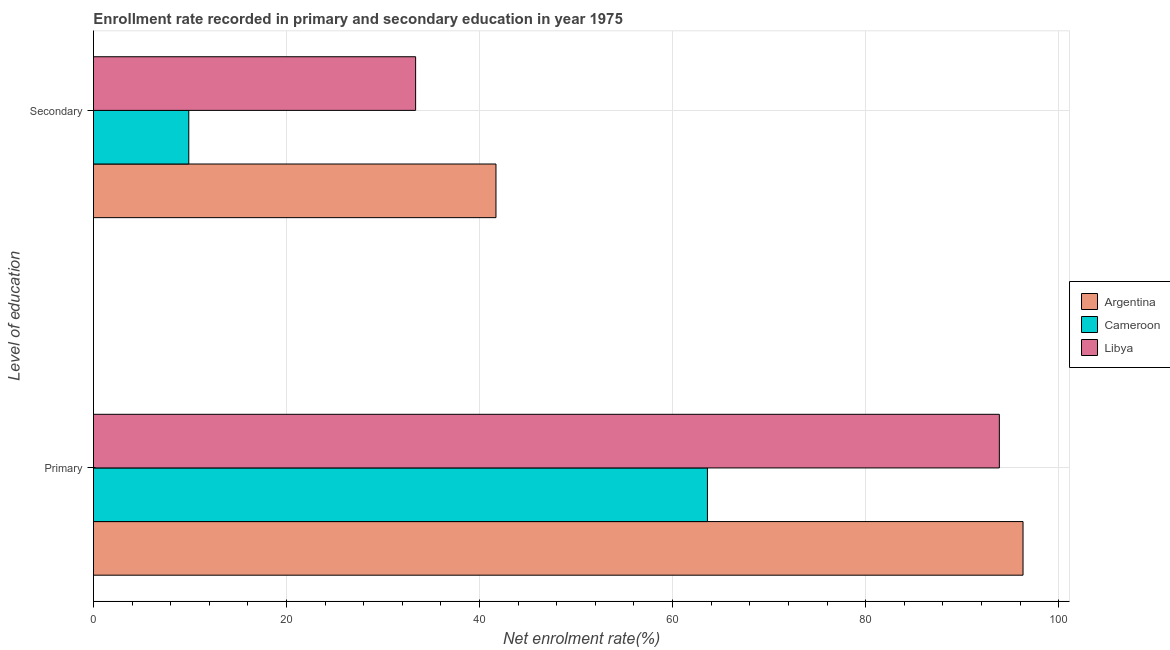
| Level of education | Argentina | Cameroon | Libya |
 | --- | --- | --- | --- |
 | Primary | 96.3 | 63.6 | 93.9 |
 | Secondary | 41.7 | 9.88 | 33.4 |